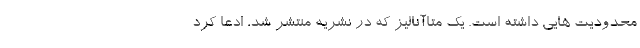
محدودیت هایی داشته است. یک متاآنالیز که در نشریه منتشر شد، ادعا کرد